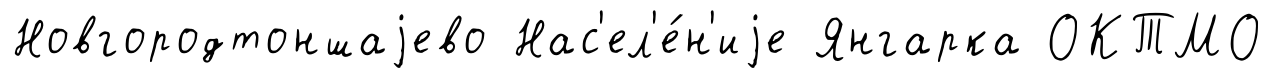
Новгородтоншаjево Нас'ел'е́н'иjе Янгарка ОКТМО